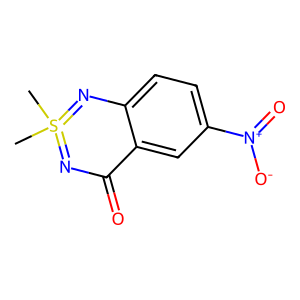
SMILES: CS1(C)=NC(=O)c2cc([N+](=O)[O-])ccc2N=1
Inhibits HIV replication: No